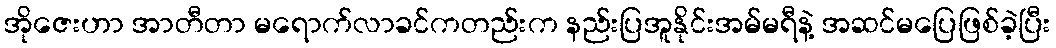
အိုဇေးဟာ အာတီတာ မရောက်လာခင်ကတည်းက နည်းပြအူနိုင်းအမ်မရီနဲ့ အဆင်မပြေဖြစ်ခဲ့ပြီး